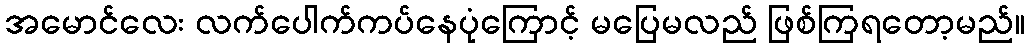
အမောင်လေး လက်ပေါက်ကပ်နေပုံကြောင့် မပြေမလည် ဖြစ်ကြရတော့မည်။